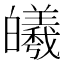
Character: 𪾅